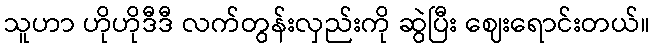
သူဟာ ဟိုဟိုဒီဒီ လက်တွန်းလှည်းကို ဆွဲပြီး ဈေးရောင်းတယ်။